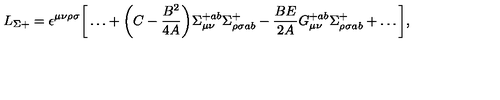
L _ { \Sigma + } = \epsilon ^ { \mu \nu \rho \sigma } \bigg [ \dots + \bigg ( C - { \frac { B ^ { 2 } } { 4 A } } \bigg ) \Sigma _ { \mu \nu } ^ { + a b } \Sigma _ { \rho \sigma a b } ^ { + } - { \frac { B E } { 2 A } } G _ { \mu \nu } ^ { + a b } \Sigma _ { \rho \sigma a b } ^ { + } + \dots \bigg ] ,